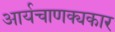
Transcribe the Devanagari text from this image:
आर्यचाणक्यकार